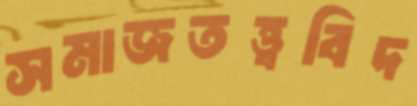
সমাজতত্ত্ববিদ